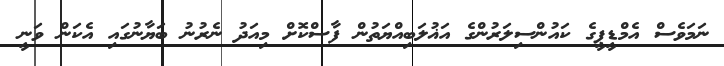
ނަމަވެސް އެމްޑީޕީގެ ކައުންސިލަރުންގެ އަޣުލަބިއްޔަތުން ފާސްކޮށް މިއަދު ނެރުނު ބަޔާނުގައި އެކަން ވަނީ